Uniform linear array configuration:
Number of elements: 4
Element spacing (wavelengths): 0.25
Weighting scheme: exponential
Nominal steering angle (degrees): -45
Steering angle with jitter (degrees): -44.253
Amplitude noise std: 0.05
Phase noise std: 0.05

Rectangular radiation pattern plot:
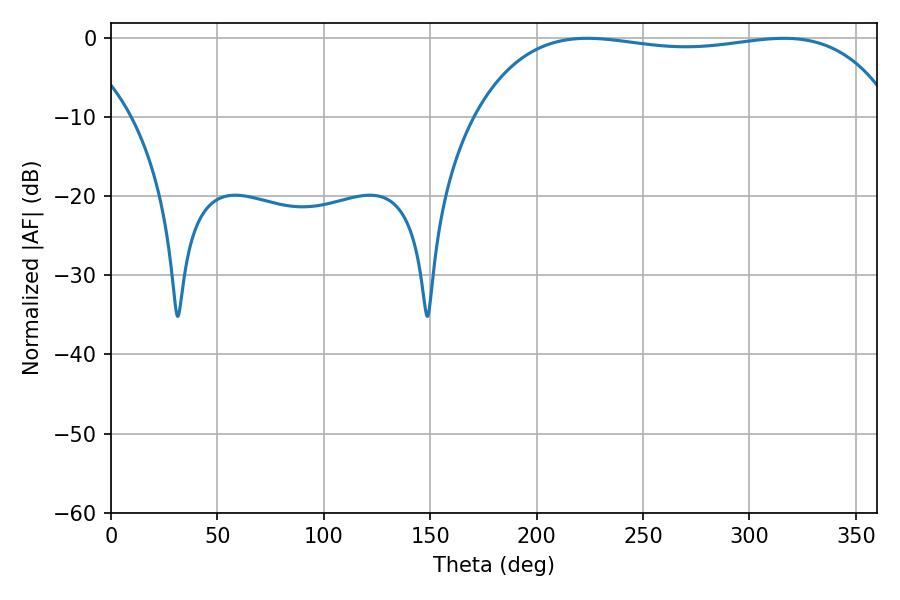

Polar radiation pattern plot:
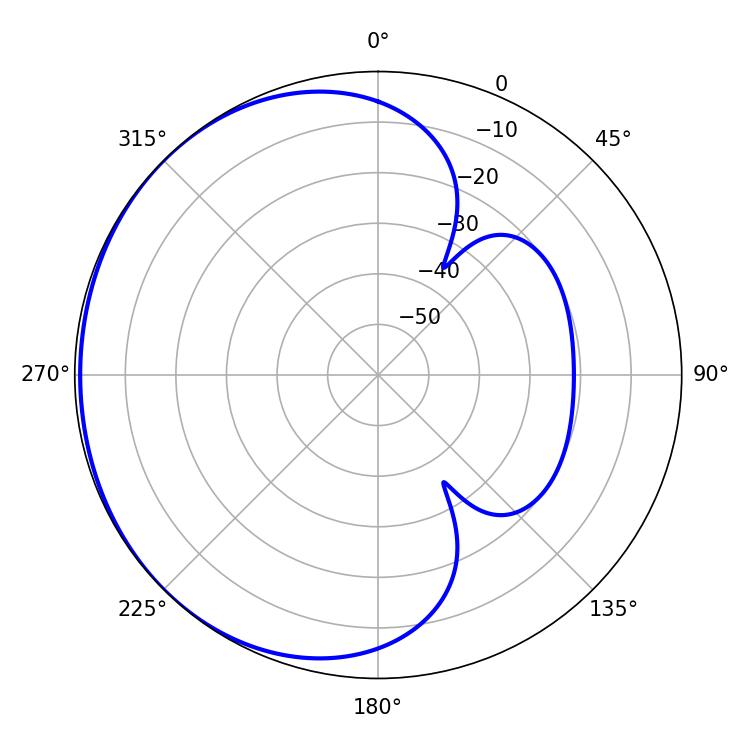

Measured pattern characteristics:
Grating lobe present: FALSE
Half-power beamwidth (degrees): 158.4
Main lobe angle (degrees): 223.74